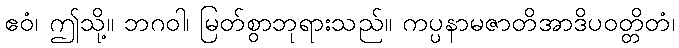
ဧဝံ၊ ဤသို့။ ဘဂဝါ၊ မြတ်စွာဘုရားသည်။ ကပ္ပနာမဇာတိအာဒိပဝတ္တိတံ၊